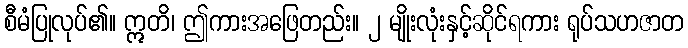
စီမံပြုလုပ်၏။ ဣတိ၊ ဤကားအဖြေတည်း။ ၂ မျိုးလုံးနှင့်ဆိုင်ရကား ရုပ်သဟဇာတ